Indian journal of veterinary science and animal husbandry - Volume 10,
Year: 1940
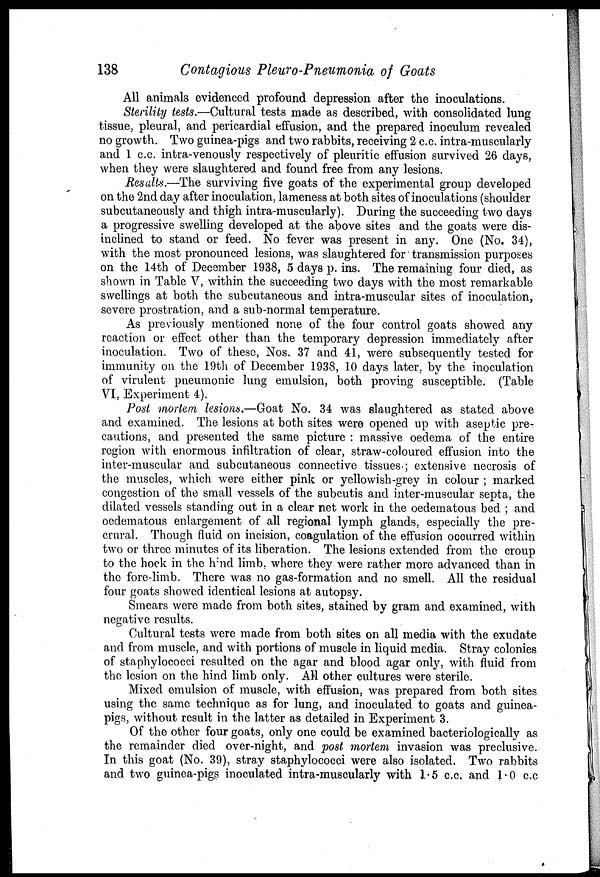
138
Contagious Pleuro-pneumonia of Goats
All animals evidenced profound depression after the inoculations.
Sterility tests.—Cultural tests made as described, with consolidated lung
tissue, pleural, and pericardial effusion, and the prepared inoculum revealed
no growth. Two guinea-pigs and two rabbits, receiving 2 c.c. intra-muscularly
and 1 c.c. intra-venously respectively of pleuritic effusion survived 26 days,
when they were slaughtered and found free from any lesions.
Results.—The surviving five goats of the experimental group developed
on the 2nd day after inoculation, lameness at both sites of inoculations (shoulder
subcutaneously and thigh intra-muscularly). During the succeeding two days
a progressive swelling developed at the above sites and the goats were dis-
inclined to stand or feed. No fever was present in any. One (No. 34),
with the most pronounced lesions, was slaughtered for transmission purposes
on the 14th of December 1938, 5 days p. ins. The remaining four died, as
shown in Table V, within the succeeding two days with the most remarkable
swellings at both the subcutaneous and intra-muscular sites of inoculation,
severe prostration, and a sub-normal temperature.
As previously mentioned none of the four control goats showed any
reaction or effect other than the temporary depression immediately after
inoculation. Two of these, Nos. 37 and 41, were subsequently tested for
immunity on the 19th of December 1938, 10 days later, by the inoculation
of virulent pneumonic lung emulsion, both proving susceptible. (Table
VI, Experiment 4).
Post mortem lesions.—Goat No. 34 was slaughtered as stated above
and examined. The lesions at both sites were opened up with aseptic pre-
cautions, and presented the same picture : massive oedema of the entire
region with enormous infiltration of clear, straw-coloured effusion into the
inter-muscular and subcutaneous connective tissues ; extensive necrosis of
the muscles, which were either pink or yellowish-grey in colour ; marked
congestion of the small vessels of the subcutis and inter-muscular septa, the
dilated vessels standing out in a clear net work in the oedematous bed ; and
oedematous enlargement of all regional lymph glands, especially the pre¬
crural. Though fluid on incision, coagulation of the effusion occurred within
two or three minutes of its liberation. The lesions extended from the croup
to the hock in the hind limb, where they were rather more advanced than in
the fore-limb. There was no gas-formation and no smell. All the residual
four goats showed identical lesions at autopsy.
Smears were made from both sites, stained by gram and examined, with
negative results.
Cultural tests were made from both sites on all media with the exudate
and from muscle, and with portions of muscle in liquid media. Stray colonies
of staphylococci resulted on the agar and blood agar only, with fluid from
the lesion on the hind limb only. All other cultures were sterile.
Mixed emulsion of muscle, with effusion, was prepared from both sites
using the same technique as for lung, and inoculated to goats and guinea-
pigs, without result in the latter as detailed in Experiment 3.
Of the other four goats, only one could be examined bacteriologically as
the remainder died over-night, and post mortem invasion was preclusive.
In this goat (No. 39), stray staphylococci were also isolated. Two rabbits
and two guinea-pigs inoculated intra-muscularly with 1.5 c.c. and 1.0 c.c.